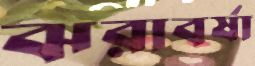
ঝরাবর্ষা